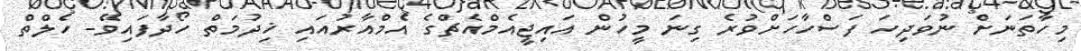
މިހާތަނަށް ނުވަދިހަ ފަސްހާހަށްވުރެ ގިނަ މީހުން އައިޖީއެމްއެޗްގެ އެމްއާރުއައި ޚިދުމަތް ހޯދާފައިވޭ- ހެލްތް